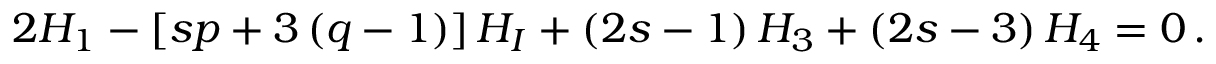
2 H _ { 1 } - \left[ s p + 3 \left( q - 1 \right) \right] H _ { I } + \left( 2 s - 1 \right) H _ { 3 } + \left( 2 s - 3 \right) H _ { 4 } = 0 \, .